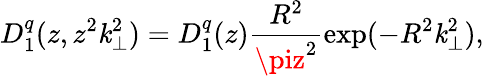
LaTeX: D_{1}^{q}(z,z^{2}\mathit{k}_{\perp}^{2})=D_{1}^{q}(z)\frac{{R^{2}}}{{\piz^{2}}}\exp(-R^{2}\mathit{k}_{\perp}^{2}),